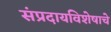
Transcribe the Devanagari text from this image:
संप्रदायविशेषाचे